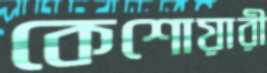
কেশোয়ারী